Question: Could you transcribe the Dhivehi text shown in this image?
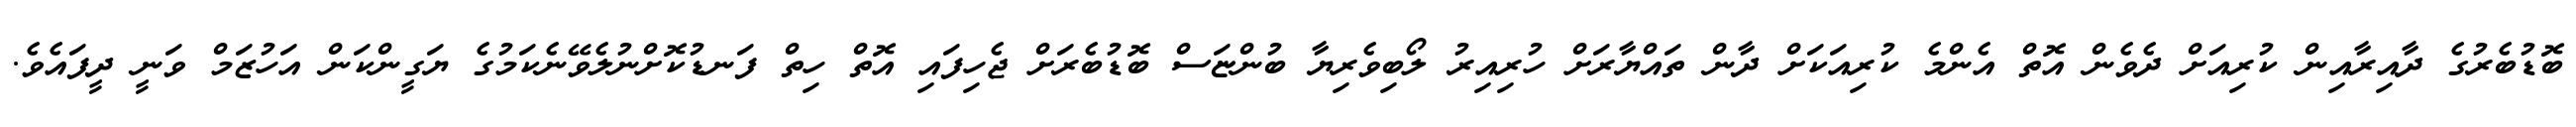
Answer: ބޮޑުބެރުގެ ދާއިރާއިން ކުރިއަށް ދެވެން އޮތް އެންމެ ކުރިއަކަށް ދާން ތައްޔާރަށް ހުރިއިރު ލޯބިވެރިޔާ ބުންޏަސް ބޮޑުބެރަށް ޖެހިފައި އޮތް ހިތް ފަނޑުކޮށްނުލެވޭނެކަމުގެ ޔަގީންކަން އަހުޒަމް ވަނީ ދީފައެވެ.